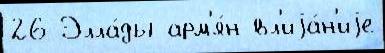
26 Элла́ды арм'я́н вл'иjа́н'иjе